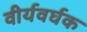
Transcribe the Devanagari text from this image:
वीर्यवर्घक